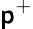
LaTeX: \mathsf{p}^{+}